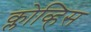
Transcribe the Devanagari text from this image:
क्लोव्हिस